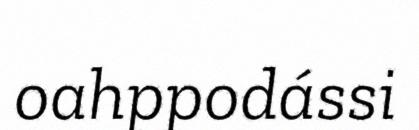
oahppodássi